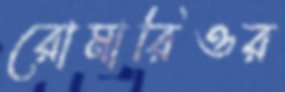
রোমারিওর